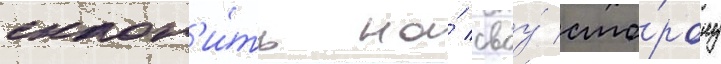
склон'и́ть на́ своу́ сто́рону